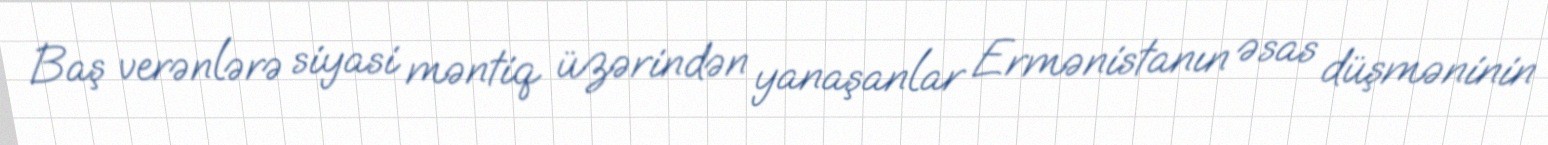
Baş verənlərə siyasi məntiq üzərindən yanaşanlar Ermənistanın əsas düşməninin